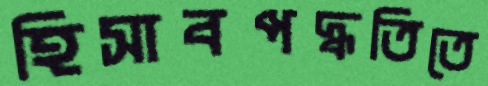
হিসাবপদ্ধতিতে